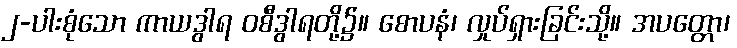
၂-ပါးစုံသော ကာယဒွါရ ဝစီဒွါရတို့၌။ စောပနံ၊ လှုပ်ရှားခြင်းသို့။ အပတ္တော၊